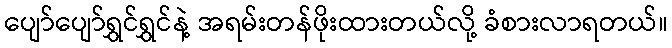
ပျော်ပျော်ရွှင်ရွှင်နဲ့ အရမ်းတန်ဖိုးထားတယ်လို့ ခံစားလာရတယ်။